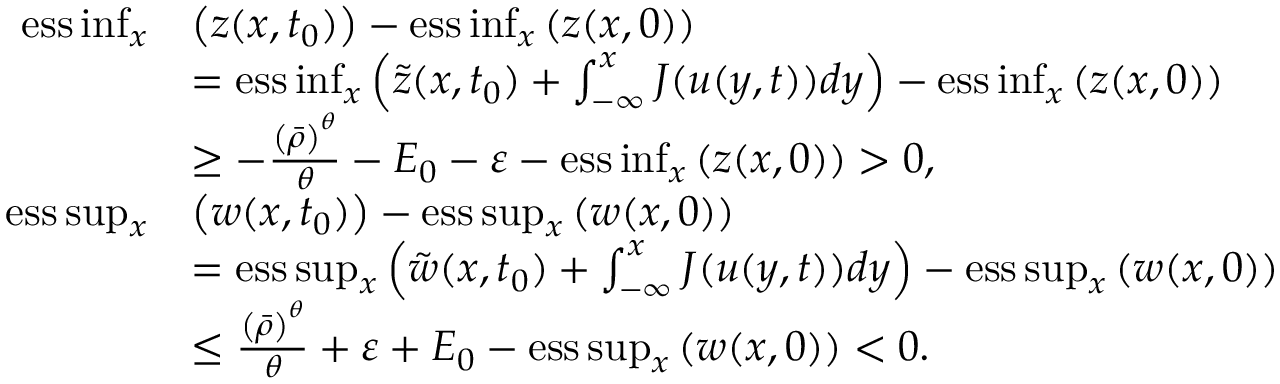
\begin{array} { r l } { \mathrm { e s s } \operatorname* { i n f } _ { x } } & { \left( z ( x , t _ { 0 } ) \right) - \mathrm { e s s } \operatorname* { i n f } _ { x } \left( z ( x , 0 ) \right) } \\ & { = \mathrm { e s s } \operatorname* { i n f } _ { x } \left( \tilde { z } ( x , t _ { 0 } ) + \int _ { - \infty } ^ { x } J ( u ( y , t ) ) d y \right) - \mathrm { e s s } \operatorname* { i n f } _ { x } \left( z ( x , 0 ) \right) } \\ & { \geq - \frac { \left( \bar { \rho } \right) ^ { \theta } } { \theta } - E _ { 0 } - \varepsilon - \mathrm { e s s } \operatorname* { i n f } _ { x } \left( z ( x , 0 ) \right) > 0 , } \\ { \mathrm { e s s } \operatorname* { s u p } _ { x } } & { \left( w ( x , t _ { 0 } ) \right) - \mathrm { e s s } \operatorname* { s u p } _ { x } \left( w ( x , 0 ) \right) } \\ & { = \mathrm { e s s } \operatorname* { s u p } _ { x } \left( \tilde { w } ( x , t _ { 0 } ) + \int _ { - \infty } ^ { x } J ( u ( y , t ) ) d y \right) - \mathrm { e s s } \operatorname* { s u p } _ { x } \left( w ( x , 0 ) \right) } \\ & { \leq \frac { \left( \bar { \rho } \right) ^ { \theta } } { \theta } + \varepsilon + E _ { 0 } - \mathrm { e s s } \operatorname* { s u p } _ { x } \left( w ( x , 0 ) \right) < 0 . } \end{array}